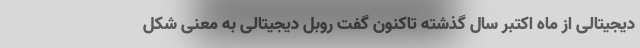
دیجیتالی از ماه اکتبر سال گذشته تاکنون گفت روبل دیجیتالی به معنی شکل